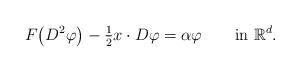
LaTeX: \begin{align*} F\bigl(D^2 \varphi\bigr) - \tfrac{1}2 x\cdot D\varphi= \alpha\varphi\qquad\mbox {in } \mathbb{R}^d.\end{align*}